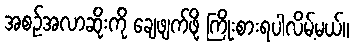
အစဉ်အလာဆိုးကို ချေဖျက်ဖို့ ကြိုးစားရပါလိမ့်မယ်။